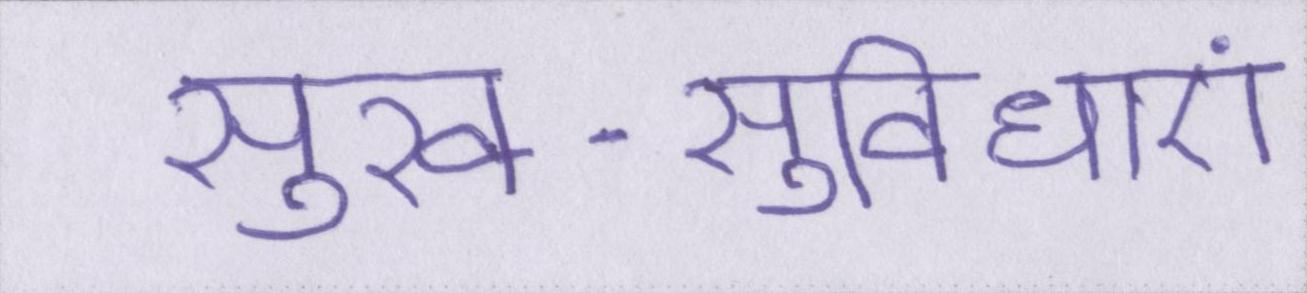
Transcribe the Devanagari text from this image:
सुख-सुविधाएं